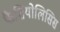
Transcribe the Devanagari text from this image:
फैशियोलिसिस